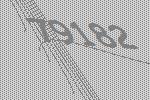
79182